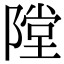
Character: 隚